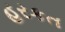
હરકત